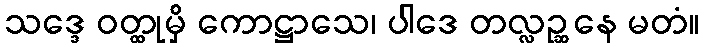
သဒ္ဒေ ဝတ္ထုမှိ ကောဋ္ဌာသေ၊ ပါဒေ တလ္လဉ္ဆနေ မတံ။